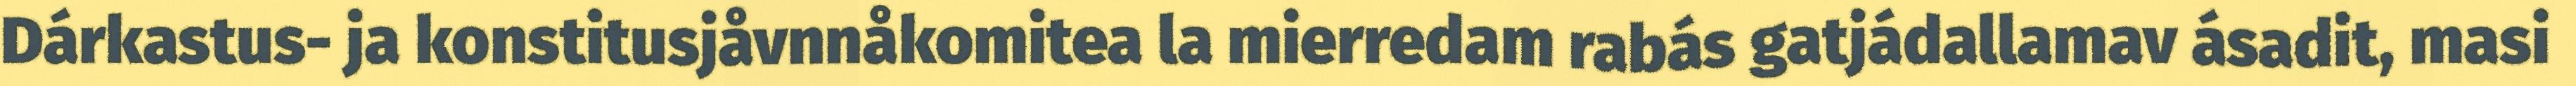
Dárkastus- ja konstitusjåvnnåkomitea la mierredam rabás gatjádallamav ásadit, masi